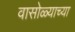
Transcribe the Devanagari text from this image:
वासोळ्याच्या